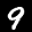
Label: 9